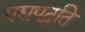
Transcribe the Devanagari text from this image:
पद्यपद्धति